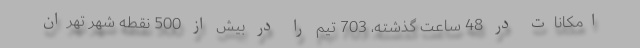
امکانات در 48 ساعت گذشته، 703 تیم را در بیش از 500 نقطه شهر تهران